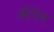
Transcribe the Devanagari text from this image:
अँटोन